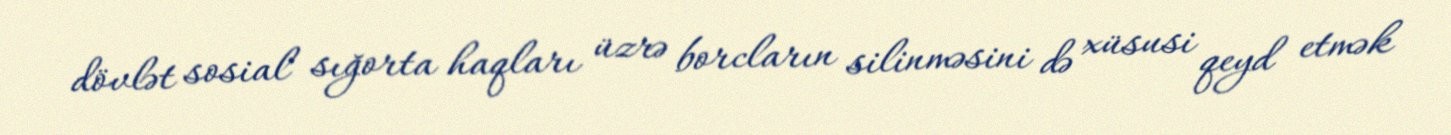
dövlət sosial sığorta haqları üzrə borcların silinməsini də xüsusi qeyd etmək